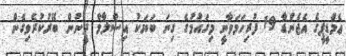
ޢެމްޑީޕީގެ އެޖެންޑާ 19 ފުރިހަމަވާނީ މިގައުމުގެ ގިނަ ބަޔަކު އިސްލާމް ދީނުން ބޭރުކުރެވިގެން